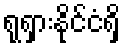
ရုရှားနိုင်ငံရှိ